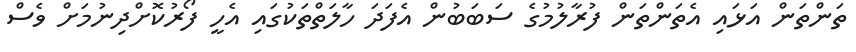
ތަންތަން އަޅައި އެތަންތަން ފުރާލުމުގެ ސަބަބުން އެފަދަ ހާލަތްތަކުގައި އެހީ ފޯރުކޮށްދިނުމަށް ވެސް